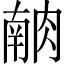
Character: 𰮶